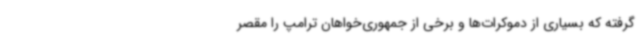
گرفته که بسیاری از دموکرات‌ها و برخی از جمهوری‌خواهان ترامپ را مقصر